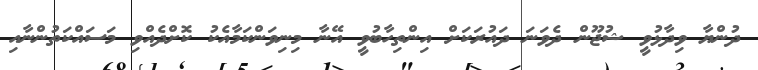
ދުންޔާ ވިދާޅުވީ ޝުޖޫން ދެވަނަ ދައުރަކަށް އިންތިހާބުވީ އޭނާ މިނިވަންކަމާއެކު ކޮށްދެއްވި މަސައްކަތުންނާއި